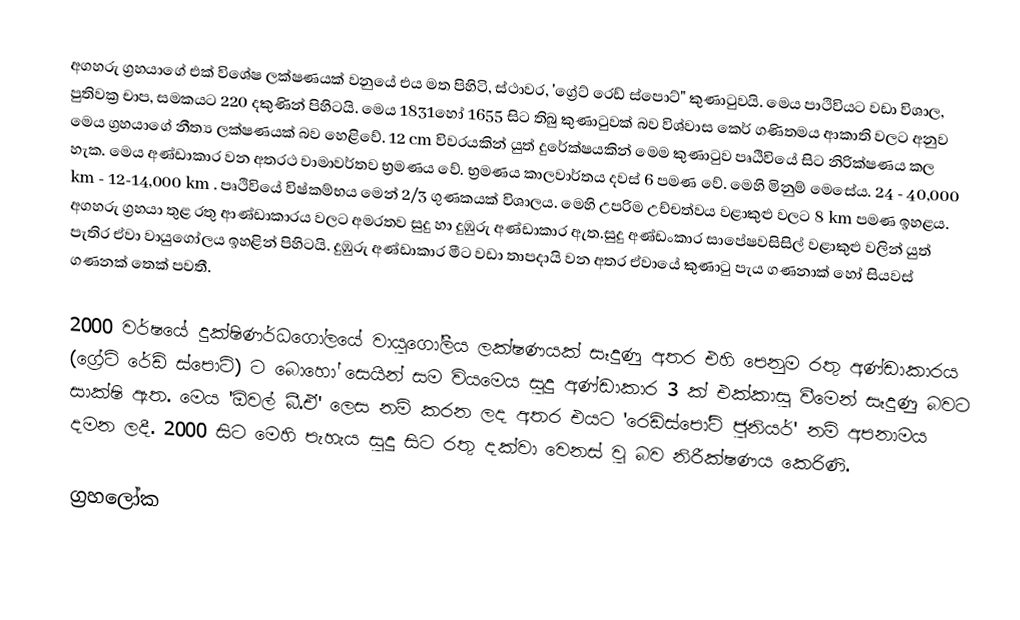
අගහරු ග්‍රහයාගේ එක් විශේෂ ලක්ෂණයක් වනුයේ එය මත පිහිටි, ස්ථාවර, 'ග්‍රේට් රෙඩ් ස්පොට්"  කුණාටුවයි. මෙය පාථිවියට වඩා විශාල, පුතිවක්‍ර චාප, සමකයට 220 දකුණින් පිහිටයි. මෙය 1831හෝ 1655 සිට තිබු කුණාටුවක් බව විශ්වාස කෙර් ගණිතමය ආකාති වලට අනුව මෙය ග්‍රහයාගේ නීත්‍ය ලක්ෂණයක් බව හෙළිවේ. 12 cm විවරයකින් යුත් දුරේක්ෂයකින් මෙම කුණාටුව පෘඨිවියේ සිට නිරික්ෂණය කල හැක. මෙය අණ්ඩාකාර වන අතරථ වාමාවර්තව භ්‍රමණය වේ. භ්‍රමණය කාලවාර්තය දවස් 6 පමණ වේ. මෙහි මිනුම් මෙසේය. 24 - 40,000 km - 12-14,000 km . පෘථිවියේ විෂ්කම්භය මෙන් 2/3 ගුණකයක් විශාලය. මෙහි උපරිම උච්චත්වය වළාකුළු වලට 8 km පමණ ඉහළය. අගහරු ග්‍රහයා තුළ රතු ආණ්ඩාකාරය වලට අමරතව සුදු හා දුඹුරු අණ්ඩාකාර ඇත.සුදු අණ්ඩංකාර සාපේෂවසිසිල් වළාකුළු වලින් යුත් පැතිර ඒවා වායුගෝලය ඉහළින් පිහිටයි. දුඹුරු අණ්ඩාකාර මීට වඩා තාපදායි වන අතර ඒවායේ කුණාටු පැය ගණනාක් හෝ සියවස් ගණනක් තෙක් පවතී.

2000 වර්ෂයේ දුක්ෂිණර්ධ‍ගෝලයේ වායුගෝලීය ලක්ෂණයක් සෑදුණු අතර එහි පෙනුම රතු ‍අණ්ඩාකාරය (ග්‍රේට් රේඩ් ස්පොට්) ට බොහෝ සෙයින් සම වියමෙය සුදු අණ්ඩාකාර 3 ක් එක්කාසු වීමෙන් සෑදුණු බවට සාක්ෂි ඇත. මෙය 'ඕවල් බී.ඒ' ලෙස නම් කරන ලද අතර එයට 'රෙඩිස්පෝට් ජුනියර්' නම් අපනාමය දමන ලදී. 2000 සිට මෙහි පැහැය සුදු සිට රතු දක්වා වෙනස් වු බව නිරීක්ෂණය කෙ‍රිණි.

ග්‍රහලෝක